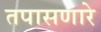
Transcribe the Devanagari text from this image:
तपासणारे